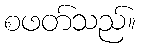
စဖတ်သည်။